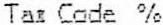
TAX CODE %